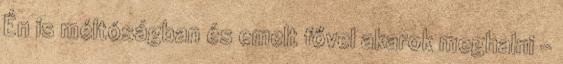
Én is méltóságban és emelt fővel akarok meghalni -